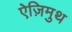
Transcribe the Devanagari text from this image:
ऐज़िमुथ